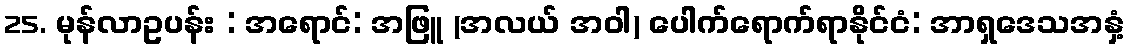
25. မုန်လာဥပန်း : အရောင်: အဖြူ (အလယ် အဝါ) ပေါက်ရောက်ရာနိုင်ငံ: အာရှဒေသအနှံ့